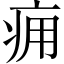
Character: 痈